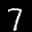
Label: 7